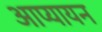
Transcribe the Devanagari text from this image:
आप्यायन